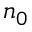
n _ { 0 }